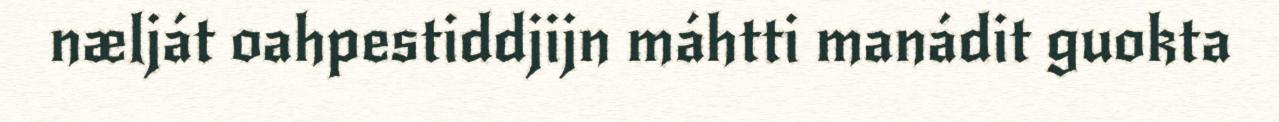
nælját oahpestiddjijn máhtti manádit guokta